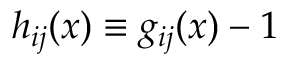
h _ { i j } ( x ) \equiv g _ { i j } ( x ) - 1